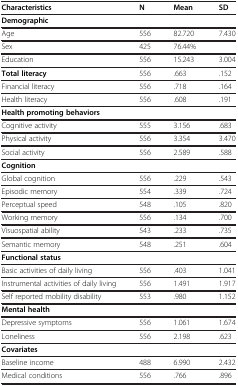
| Characteristics | N | Mean | SD |
 | --- | --- | --- | --- |
 | <COLSPAN=4> Demographic |
 | Age | 556 | 82.720 | 7.430 |
 | Sex | 425 | 76.44% |  |
 | Education | 556 | 15.243 | 3.004 |
 | Total literacy | 556 | .663 | .152 |
 | Financial literacy | 556 | .718 | .164 |
 | Health literacy | 556 | .608 | .191 |
 | <COLSPAN=4> Health promoting behaviors |
 | Cognitive activity | 555 | 3.156 | .683 |
 | Physical activity | 556 | 3.354 | 3.470 |
 | Social activity | 556 | 2.589 | .588 |
 | <COLSPAN=4> Cognition |
 | Global cognition | 556 | .229 | .543 |
 | Episodic memory | 554 | .339 | .724 |
 | Perceptual speed | 548 | .105 | .820 |
 | Working memory | 556 | .134 | .700 |
 | Visuospatial ability | 543 | .233 | .735 |
 | Semantic memory | 548 | .251 | .604 |
 | <COLSPAN=4> Functional status |
 | Basic activities of daily living | 556 | .403 | 1.041 |
 | Instrumental activities of daily living | 556 | 1.491 | 1.917 |
 | Self reported mobility disability | 553 | .980 | 1.152 |
 | <COLSPAN=4> Mental health |
 | Depressive symptoms | 556 | 1.061 | 1.674 |
 | Loneliness | 556 | 2.198 | .623 |
 | <COLSPAN=4> Covariates |
 | Baseline income | 488 | 6.990 | 2.432 |
 | Medical conditions | 556 | .766 | .896 |